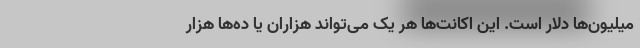
میلیون‌ها دلار است. این اکانت‌ها هر یک می‌تواند هزاران یا ده‌ها هزار